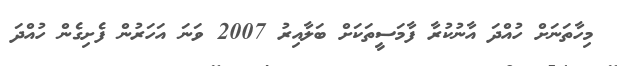
މިހާތަނަށް ހުއްދަ އާނުކުރާ ފާމަސީތަކަށް ބަލާއިރު 2007 ވަނަ އަހަރުން ފެށިގެން ހުއްދަ